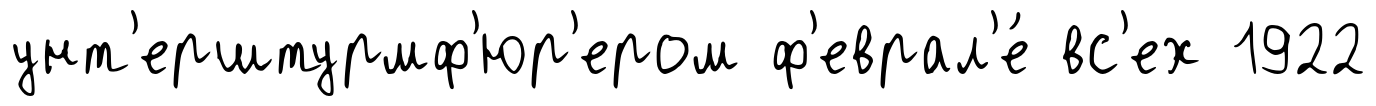
унт'ерштурмф'юр'ером ф'еврал'е́ вс'ех 1922